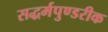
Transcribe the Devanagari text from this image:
सद्धर्मपुण्डरीक